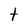
Character: t